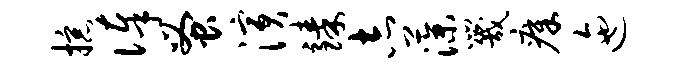
掠俸蚤演臻志藻咒瘴迤